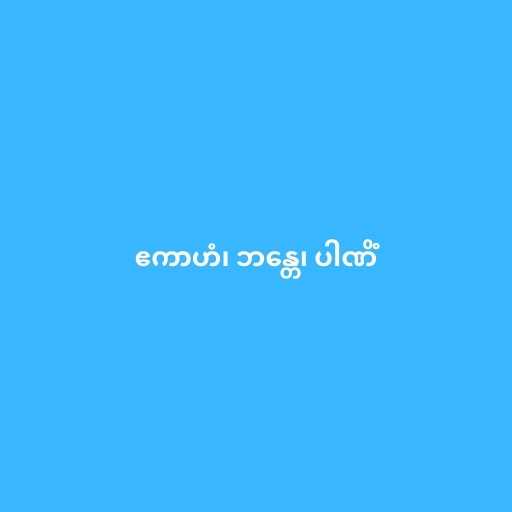
ဧကာဟံ၊ ဘန္တေ၊ ပါဏိံ